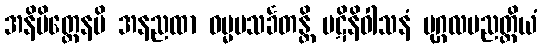
အနိမိတ္တေနပိ အနညထာ ဓမ္မမသင်္ခတန္တိ ပဋိနိဝါသနံ ပုဂ္ဂလပညတ္တိယံ